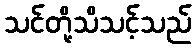
သင်တို့သိသင့်သည်